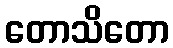
တောသိတော